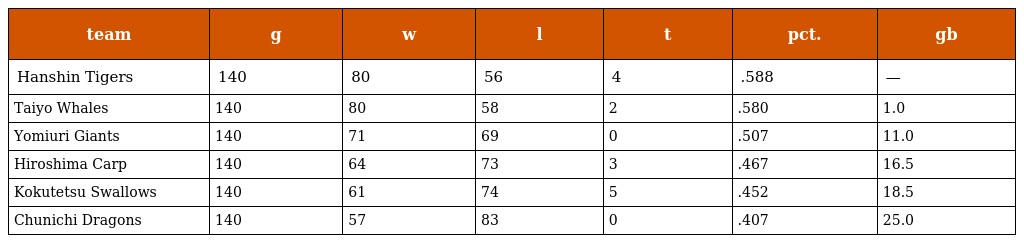
| team | g | w | l | t | pct. | gb |
 | --- | --- | --- | --- | --- | --- | --- |
 | Hanshin Tigers | 140 | 80 | 56 | 4 | .588 | — |
 | Taiyo Whales | 140 | 80 | 58 | 2 | .580 | 1.0 |
 | Yomiuri Giants | 140 | 71 | 69 | 0 | .507 | 11.0 |
 | Hiroshima Carp | 140 | 64 | 73 | 3 | .467 | 16.5 |
 | Kokutetsu Swallows | 140 | 61 | 74 | 5 | .452 | 18.5 |
 | Chunichi Dragons | 140 | 57 | 83 | 0 | .407 | 25.0 |